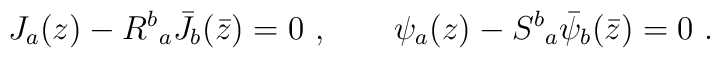
J_a(z)- {R^b}_a {\bar J}_b(\bar z) = 0~,\qquad   \psi_a(z) - {S^b}_a {\bar\psi}_b(\bar z) = 0~.